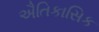
ઐતિકાસિક